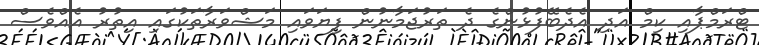
ޓްރަމްޕާއި ކިމް އަދި އެދެބޭފުޅުންގެ ދެ ތަރުޖަމާނުން ފިޔަވައި މަޝްވަރާތަކުގައި އިތުރު އެއްވެސް